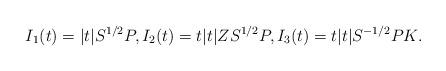
LaTeX: \begin{align*}I_1(t)= |t| S^{1/2} P,I_2(t)= t |t| Z S^{1/2} P, I_3(t) = t |t| S^{-1/2} P K.\end{align*}